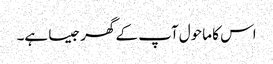
اس کا ماحول آپ کے گھر جیسا ہے۔